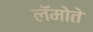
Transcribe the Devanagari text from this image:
लॅमोते